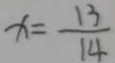
x = \frac { 1 3 } { 1 4 }